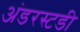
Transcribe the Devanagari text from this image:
अंडरस्टडी